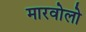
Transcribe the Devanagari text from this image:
मारवोलो